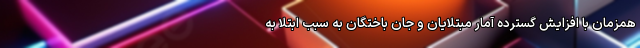
همزمان با افزایش گسترده آمار مبتلایان و جان باختگان به سبب ابتلا به